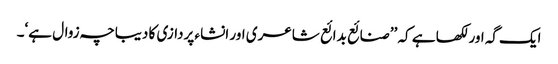
ایک گہ اور لکھا ہے کہ ’’صنائع بدائع شاعری اور انشاء پردازی کا دیباچہ زوال ہے‘۔